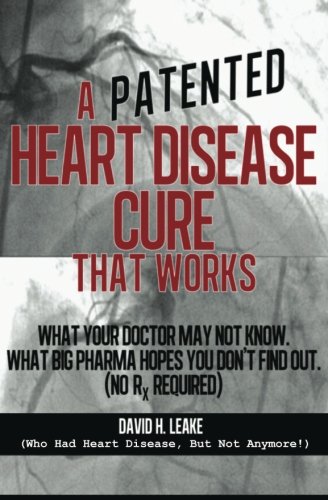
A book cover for A (Patented) Heart Disease Cure That Works!: What Your Doctor May Not Know. What Big Pharma Hopes You Don't Find Out.; David H Leake; Health, Fitness & Dieting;